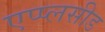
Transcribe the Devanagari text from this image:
एप्प्लसीड